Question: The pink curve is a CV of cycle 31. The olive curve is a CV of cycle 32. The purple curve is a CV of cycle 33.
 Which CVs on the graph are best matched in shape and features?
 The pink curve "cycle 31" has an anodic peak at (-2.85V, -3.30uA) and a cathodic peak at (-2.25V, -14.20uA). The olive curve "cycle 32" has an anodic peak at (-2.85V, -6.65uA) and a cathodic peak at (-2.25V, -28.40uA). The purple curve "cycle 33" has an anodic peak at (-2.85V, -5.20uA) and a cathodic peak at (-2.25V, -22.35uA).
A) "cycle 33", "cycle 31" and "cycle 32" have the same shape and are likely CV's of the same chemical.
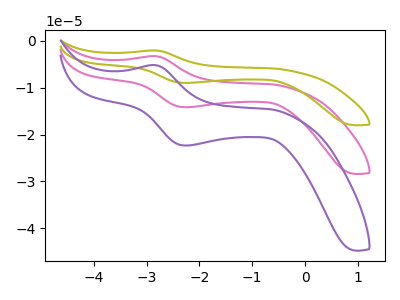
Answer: <think>All the peaks in "cycle 31" have a peak in "cycle 32" at the same potential. All the peaks in "cycle 31" have a peak in "cycle 33" at the same potential. All the peaks in "cycle 32" have a peak in "cycle 33" at the same potential.
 </think>
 <answer>A) "cycle 33", "cycle 31" and "cycle 32" have the same shape and are likely CV's of the same chemical.</answer>
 <eval>A</eval>